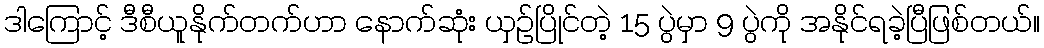
ဒါကြောင့် ဒီစီယူနိုက်တက်ဟာ နောက်ဆုံး ယှဉ်ပြိုင်တဲ့ 15 ပွဲမှာ 9 ပွဲကို အနိုင်ရခဲ့ပြီဖြစ်တယ်။